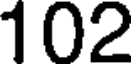
102